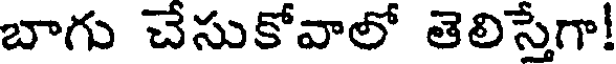
బాగు చేసుకోవాలో తెలిస్తేగా!